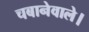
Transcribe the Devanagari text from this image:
चबानेवाले।